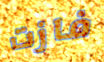
فازت